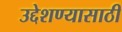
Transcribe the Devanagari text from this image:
उद्देशण्यासाठी